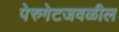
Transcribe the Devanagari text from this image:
पेरुगेटजवळील